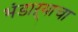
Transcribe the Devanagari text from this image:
भंडाऱ्याचा